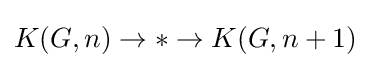
K(G,n)\to *\to K(G,n+1)